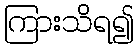
ကြားသိရ၍